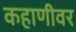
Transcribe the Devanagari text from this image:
कहाणीवर